65_HS1-834228961_62-HQ-83894_Section_9
Agency: FBI
Page 184
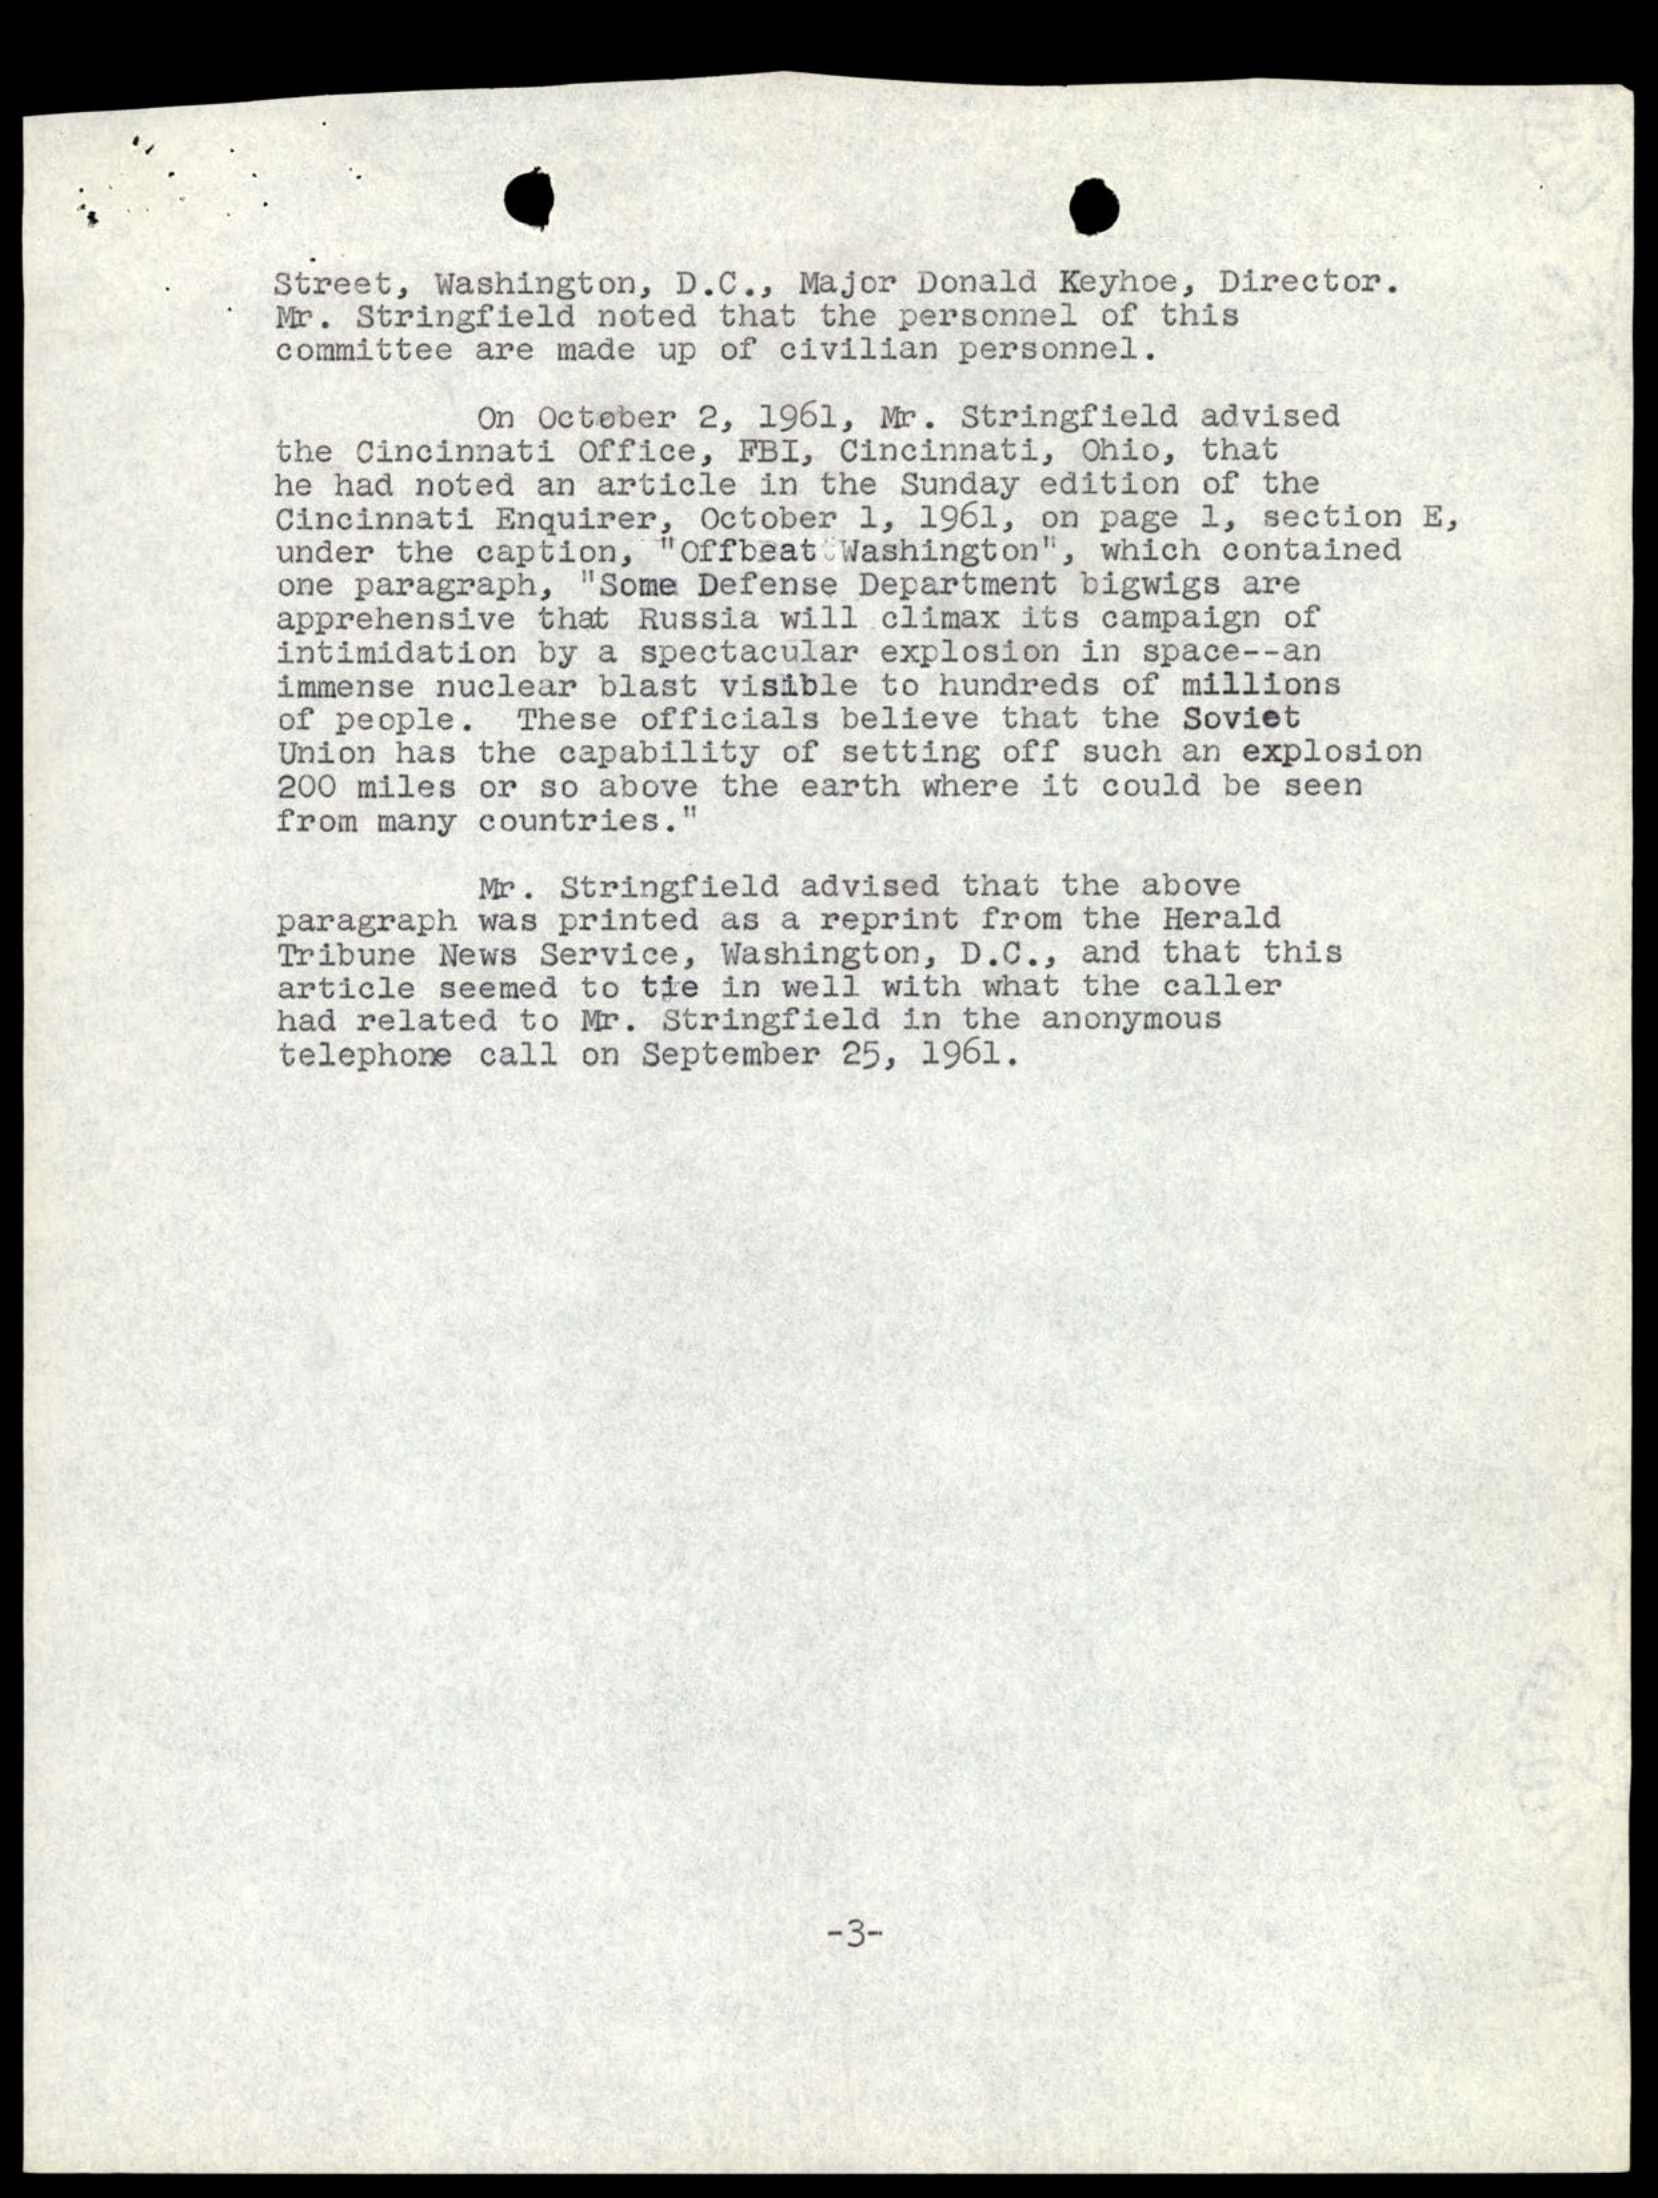